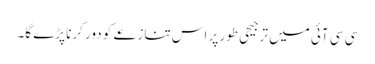
سی سی آئی میں ترجیحی طور پر اس تنازعے کو دور کرنا پڑے گا۔